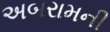
અબરામની